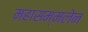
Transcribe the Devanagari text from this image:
महासम्मलेन